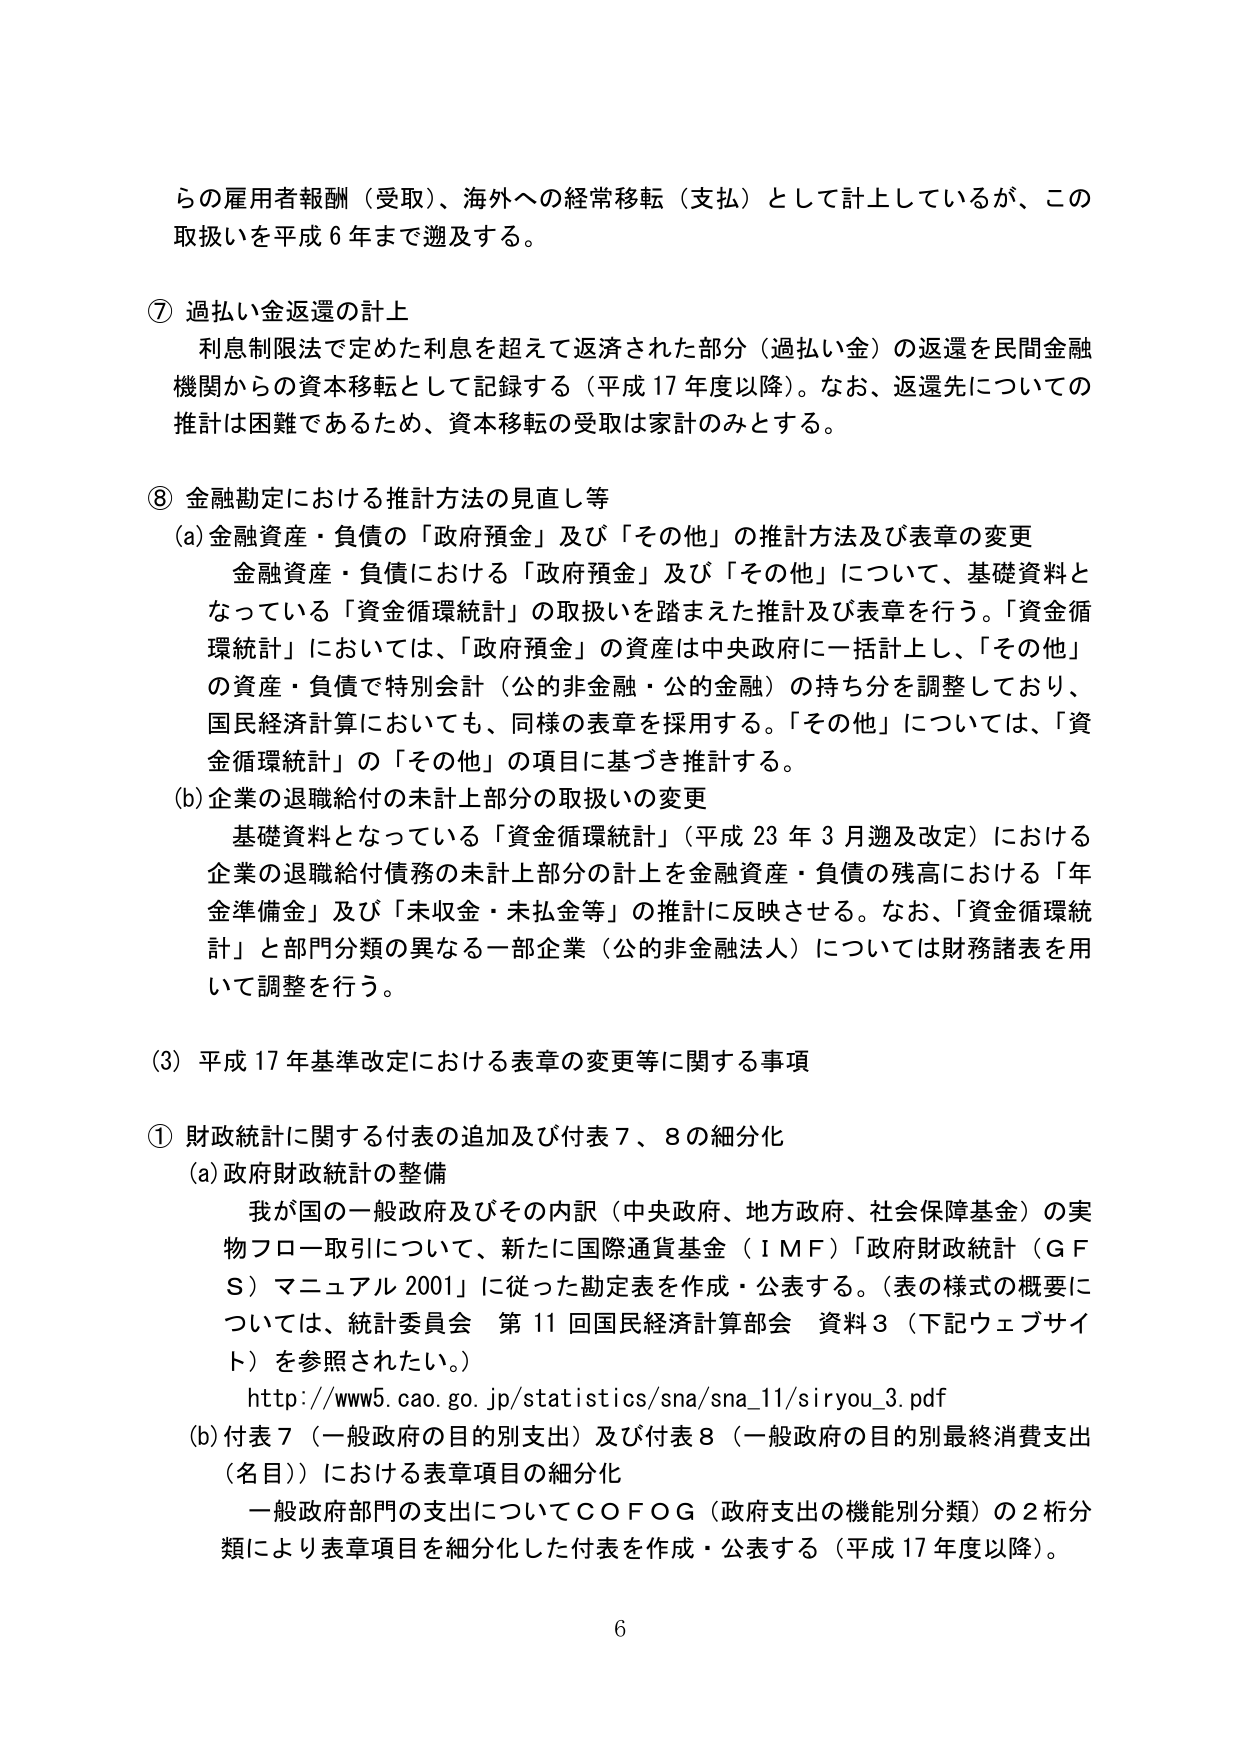
らの雇用者報酬（受取）、海外への経常移転（支払）として計上しているが、この取扱いを平成６年まで遡及する。

⑦ 過払い金返還の計上
利息制限法で定めた利息を超えて返済された部分（過払い金）の返還を民間金融機関からの資本移転として記録する（平成17年度以降）。なお、返還先についての推計は困難であるため、資本移転の受取は家計のみとする。

⑧ 金融勘定における推計方法の見直し等
(a) 金融資産・負債の「政府預金」及び「その他」の推計方法及び表章の変更
金融資産・負債における「政府預金」及び「その他」について、基礎資料となっている「資金循環統計」の取扱いを踏まえた推計及び表章を行う。「資金循環統計」においては、「政府預金」の資産は中央政府に一括計上し、「その他」の資産・負債で特別会計（公的非金融・公的金融）の持ち分を調整しており、国民経済計算においても、同様の表章を採用する。「その他」については、「資金循環統計」の「その他」の項目に基づき推計する。
(b) 企業の退職給付の未計上部分の取扱いの変更
基礎資料となっている「資金循環統計」（平成23年3月遡及改定）における企業の退職給付債務の未計上部分の計上を金融資産・負債の残高における「年金準備金」及び「未収金・未払金等」の推計に反映させる。なお、「資金循環統計」と部門分類の異なる一部企業（公的非金融法人）については財務諸表を用いて調整を行う。

(3) 平成17年基準改定における表章の変更等に関する事項

① 財政統計に関する付表の追加及び付表7、8の細分化
(a) 政府財政統計の整備
我が国的一般政府及びその内訳（中央政府、地方政府、社会保障基金）の実物フロー取引について、新たに国際通貨基金（IMF）「政府財政統計（GFS）マニュアル2001」に従った勘定表を作成・公表する。（表の様式の概要については、統計委員会 第11回国民経済計算部会 資料3（下記ウェブサイト）を参照されたい。）
http://www5.cao.go.jp/statistics/sna/sna_11/siryou_3.pdf
(b) 付表7（一般政府の目的別支出）及び付表8（一般政府の目的別最終消費支出（名目））における表章項目の細分化
一般政府部門の支出についてCOFOG（政府支出の機能別分類）の2桁分類により表章項目を細分化した付表を作成・公表する（平成17年度以降）。

6